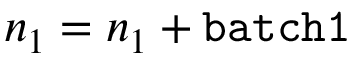
n _ { 1 } = n _ { 1 } + \mathtt { b a t c h 1 }